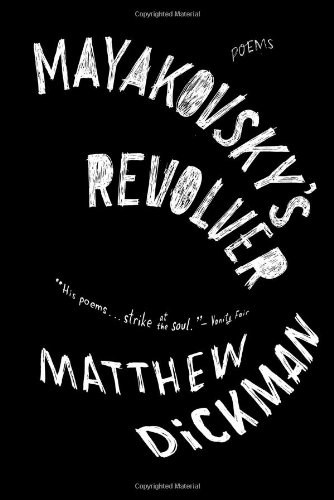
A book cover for Mayakovsky's Revolver: Poems; Matthew Dickman; Self-Help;